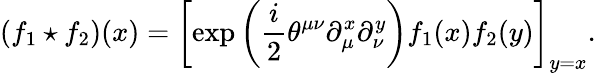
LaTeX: (f_{1}\star f_{2})(x)=\left[\exp\left(\frac{i}{2}\theta^{\mu\nu}\partial_{\mu}^{x}\partial_{\nu}^{y}\right)f_{1}(x)f_{2}(y)\right]_{y=x}.